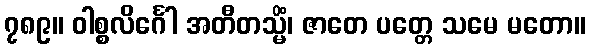
၇၈၉။ ဝါစ္စလိင်္ဂေါ အတီတသ္မိံ၊ ဇာတေ ပတ္တေ သမေ မတော။